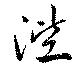
陛